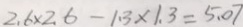
2 . 6 \times 2 . 6 - 1 . 3 \times 1 . 3 = 5 . 0 7